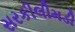
સરકીલીમડી